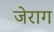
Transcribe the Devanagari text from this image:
जेराग